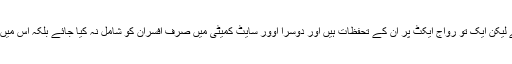
عوامی نیشنل پارٹی کے رہنما میاں افتخار حسین نے کہا ہے کہ مجموعی طور پر یہ خوش آئند ہے لیکن ایک تو رواج ایکٹ پر ان کے تحفظات ہیں اور دوسرا اوور سایٹ کمیٹی میں صرف افسران کو شامل نہ کیا جائے بلکہ اس میں عوامی نمائندوں کو شریک کرنا چاہیے تاکہ برابری کی بنیاد پر یہ سارا عمل مکمل کیا جا سکے۔